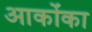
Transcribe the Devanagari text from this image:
आकोंका